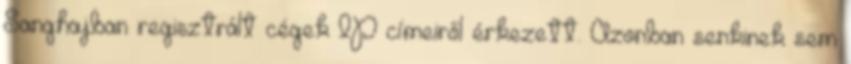
Sanghajban regisztrált cégek IP címeiről érkezett. Azonban senkinek sem